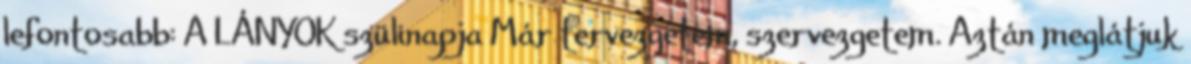
lefontosabb: A LÁNYOK szülinapja Már tervezgetem, szervezgetem. Aztán meglátjuk